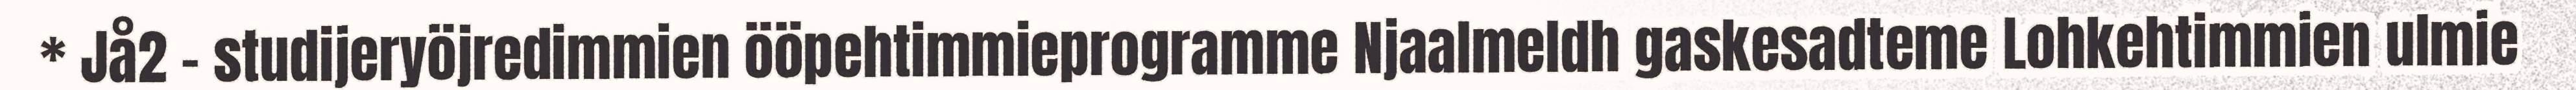
* Jå2 - studijeryöjredimmien ööpehtimmieprogramme Njaalmeldh gaskesadteme Lohkehtimmien ulmie